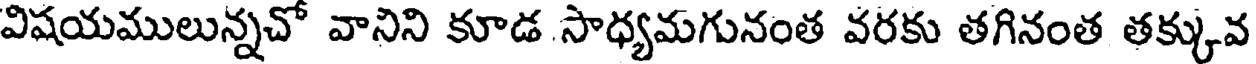
విషయములున్నచో వానిని కూడ సాధ్యమగునంత వరకు తగినంత తక్కువ